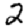
Digit: 2